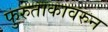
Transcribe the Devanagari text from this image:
फुरुताकावरुन